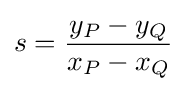
s={\frac {y_{P}-y_{Q}}{x_{P}-x_{Q}}}